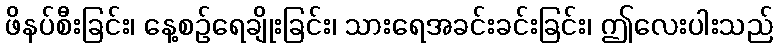
ဖိနပ်စီးခြင်း၊ နေ့စဉ်ရေချိုးခြင်း၊ သားရေအခင်းခင်းခြင်း၊ ဤလေးပါးသည်